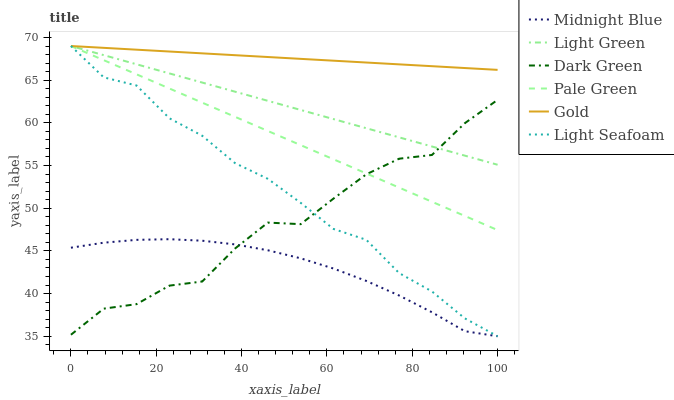
| xaxis_label | Midnight Blue | Light Green | Dark Green | Pale Green | Gold | Light Seafoam |
 | --- | --- | --- | --- | --- | --- | --- |
 | 0 | 45.4 | 69 | 35.2 | 69 | 69 | 69 |
 | 7.69 | 46 | 67.9 | 38.2 | 67.3 | 68.8 | 65.3 |
 | 15.4 | 46.3 | 66.9 | 38.8 | 65.7 | 68.6 | 64.4 |
 | 23.1 | 46.4 | 65.8 | 40.9 | 64 | 68.4 | 60.5 |
 | 30.8 | 46.2 | 64.7 | 41.4 | 62.4 | 68.1 | 58.5 |
 | 38.5 | 45.8 | 63.6 | 45.3 | 60.7 | 67.9 | 55.3 |
 | 46.2 | 45.1 | 62.6 | 48.3 | 59 | 67.7 | 53.4 |
 | 53.8 | 44.1 | 61.5 | 48.1 | 57.4 | 67.5 | 50.6 |
 | 61.5 | 42.9 | 60.4 | 51.1 | 55.7 | 67.3 | 47.6 |
 | 69.2 | 41.5 | 59.4 | 54 | 54.1 | 67.1 | 46.3 |
 | 76.9 | 39.8 | 58.3 | 55.8 | 52.4 | 66.9 | 42.4 |
 | 84.6 | 37.8 | 57.2 | 56.2 | 50.8 | 66.6 | 40.2 |
 | 92.3 | 35.6 | 56.2 | 60 | 49.1 | 66.4 | 37.1 |
 | 100 | 35 | 55.1 | 62.7 | 47.4 | 66.2 | 35 |